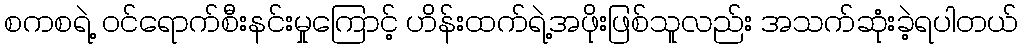
စကစရဲ့ ဝင်ရောက်စီးနင်းမှုကြောင့် ဟိန်းထက်ရဲ့အဖိုးဖြစ်သူလည်း အသက်ဆုံးခဲ့ရပါတယ်